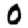
Digit: 0